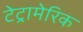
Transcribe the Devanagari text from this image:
टेट्रामेरिक